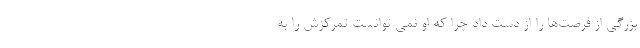
بزرگی از فرصت‌‌ها را از دست داد چرا که او نمی توانست تمرکزش را به